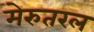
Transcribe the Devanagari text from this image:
मेरुतरल